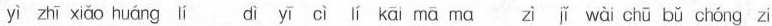
yì zhī xiǒo huáng lí dì yī cì lí kāi mā ma zì jǐ wài chū bǔ chóng zi